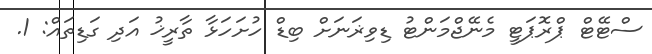
ސްޓޭޓް ޕްރޮޕަޓީ މެނޭޖްމަންޓު ޑިވިޜަނަށް ބިޑް ހުށަހަޅާ ތާރީޚު އަދި ގަޑިތައް: 1.